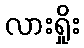
လားရှိုး